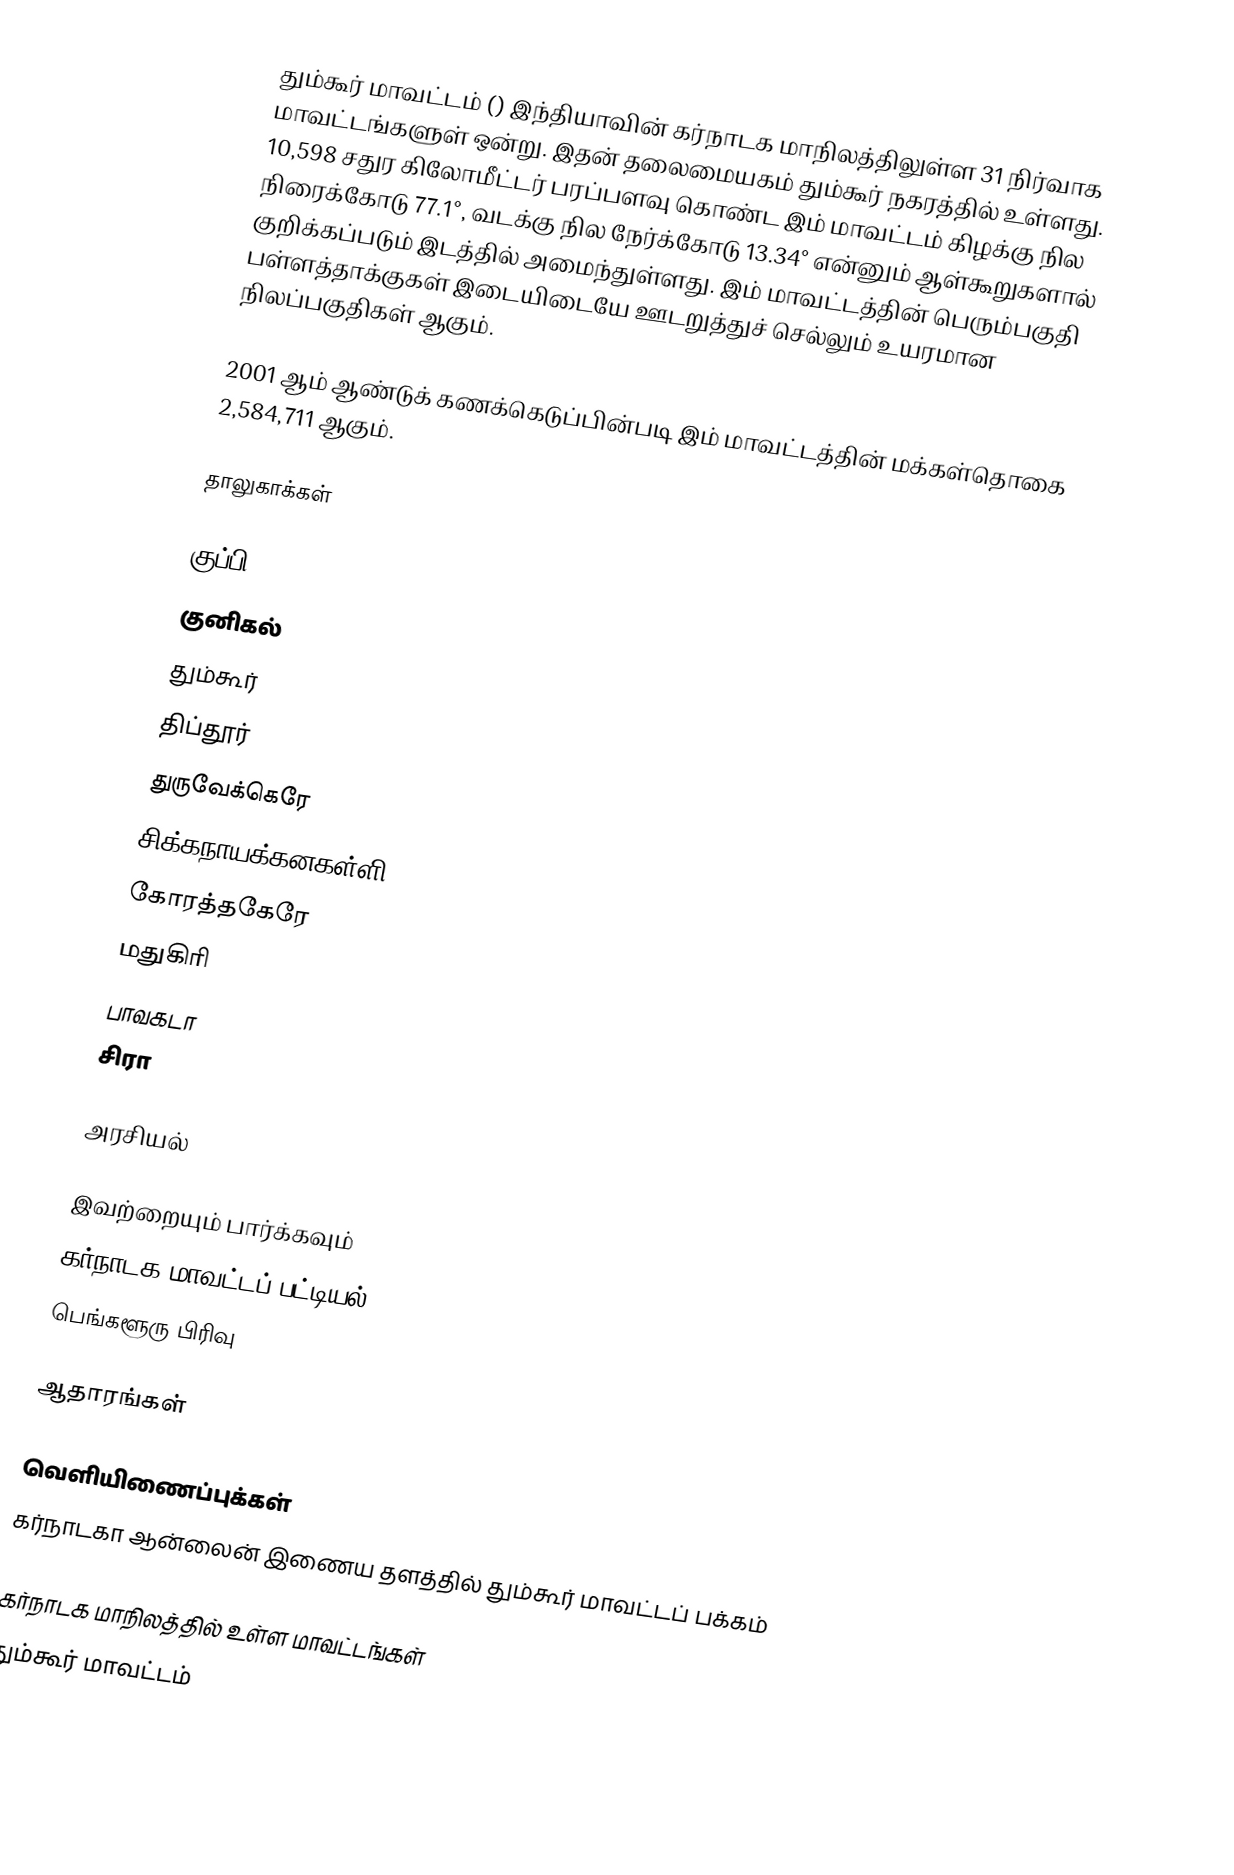
தும்கூர் மாவட்டம் () இந்தியாவின் கர்நாடக மாநிலத்திலுள்ள 31 நிர்வாக மாவட்டங்களுள் ஒன்று. இதன் தலைமையகம் தும்கூர் நகரத்தில் உள்ளது. 10,598 சதுர கிலோமீட்டர் பரப்பளவு கொண்ட இம் மாவட்டம் கிழக்கு நில நிரைக்கோடு 77.1°, வடக்கு நில நேர்க்கோடு 13.34° என்னும் ஆள்கூறுகளால் குறிக்கப்படும் இடத்தில் அமைந்துள்ளது. இம் மாவட்டத்தின் பெரும்பகுதி பள்ளத்தாக்குகள் இடையிடையே ஊடறுத்துச் செல்லும் உயரமான நிலப்பகுதிகள் ஆகும்.

2001 ஆம் ஆண்டுக் கணக்கெடுப்பின்படி இம் மாவட்டத்தின் மக்கள்தொகை 2,584,711 ஆகும்.

தாலுகாக்கள்

 குப்பி
 குனிகல்
 தும்கூர்
 திப்தூர்
 துருவேக்கெரே
 சிக்கநாயக்கனகள்ளி
 கோரத்தகேரே
 மதுகிரி
 பாவகடா
 சிரா

அரசியல்

இவற்றையும் பார்க்கவும்
 கர்நாடக மாவட்டப் பட்டியல்
 பெங்களூரு பிரிவு

ஆதாரங்கள்

வெளியிணைப்புக்கள்
 கர்நாடகா ஆன்லைன் இணைய தளத்தில் தும்கூர் மாவட்டப் பக்கம்

கர்நாடக மாநிலத்தில் உள்ள மாவட்டங்கள்
தும்கூர் மாவட்டம்